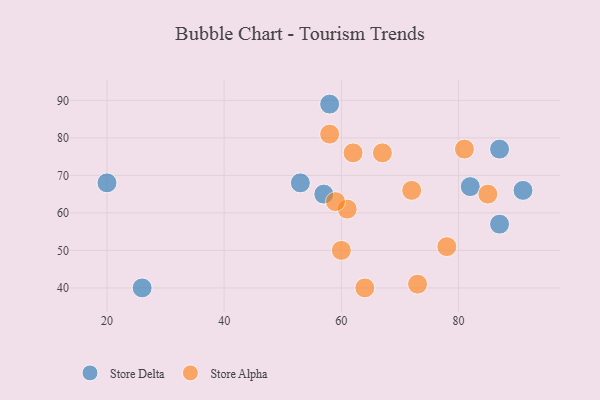
{"axis": {"x": "GDP", "y": "Life Expectancy"}, "legend": ["Store Alpha", "Store Delta"], "data": [{"x": "26", "y": 40, "type": "Store Delta"}, {"x": "91", "y": 66, "type": "Store Delta"}, {"x": "57", "y": 65, "type": "Store Delta"}, {"x": "58", "y": 89, "type": "Store Delta"}, {"x": "20", "y": 68, "type": "Store Delta"}, {"x": "87", "y": 77, "type": "Store Delta"}, {"x": "53", "y": 68, "type": "Store Delta"}, {"x": "82", "y": 67, "type": "Store Delta"}, {"x": "87", "y": 57, "type": "Store Delta"}, {"x": "72", "y": 66, "type": "Store Alpha"}, {"x": "58", "y": 81, "type": "Store Alpha"}, {"x": "81", "y": 77, "type": "Store Alpha"}, {"x": "64", "y": 40, "type": "Store Alpha"}, {"x": "67", "y": 76, "type": "Store Alpha"}, {"x": "60", "y": 50, "type": "Store Alpha"}, {"x": "73", "y": 41, "type": "Store Alpha"}, {"x": "85", "y": 65, "type": "Store Alpha"}, {"x": "61", "y": 61, "type": "Store Alpha"}, {"x": "78", "y": 51, "type": "Store Alpha"}, {"x": "59", "y": 63, "type": "Store Alpha"}, {"x": "62", "y": 76, "type": "Store Alpha"}]}